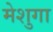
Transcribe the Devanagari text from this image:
मेशुगा